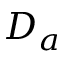
D _ { a }